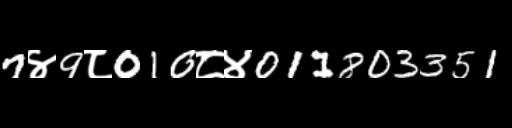
Text: 7४9८010८४011803351